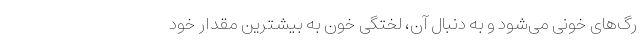
رگ‌های خونی می‌شود و به دنبال آن، لختگی خون به بیشترین مقدار خود